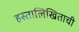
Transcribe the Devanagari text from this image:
हस्तालिखिताची